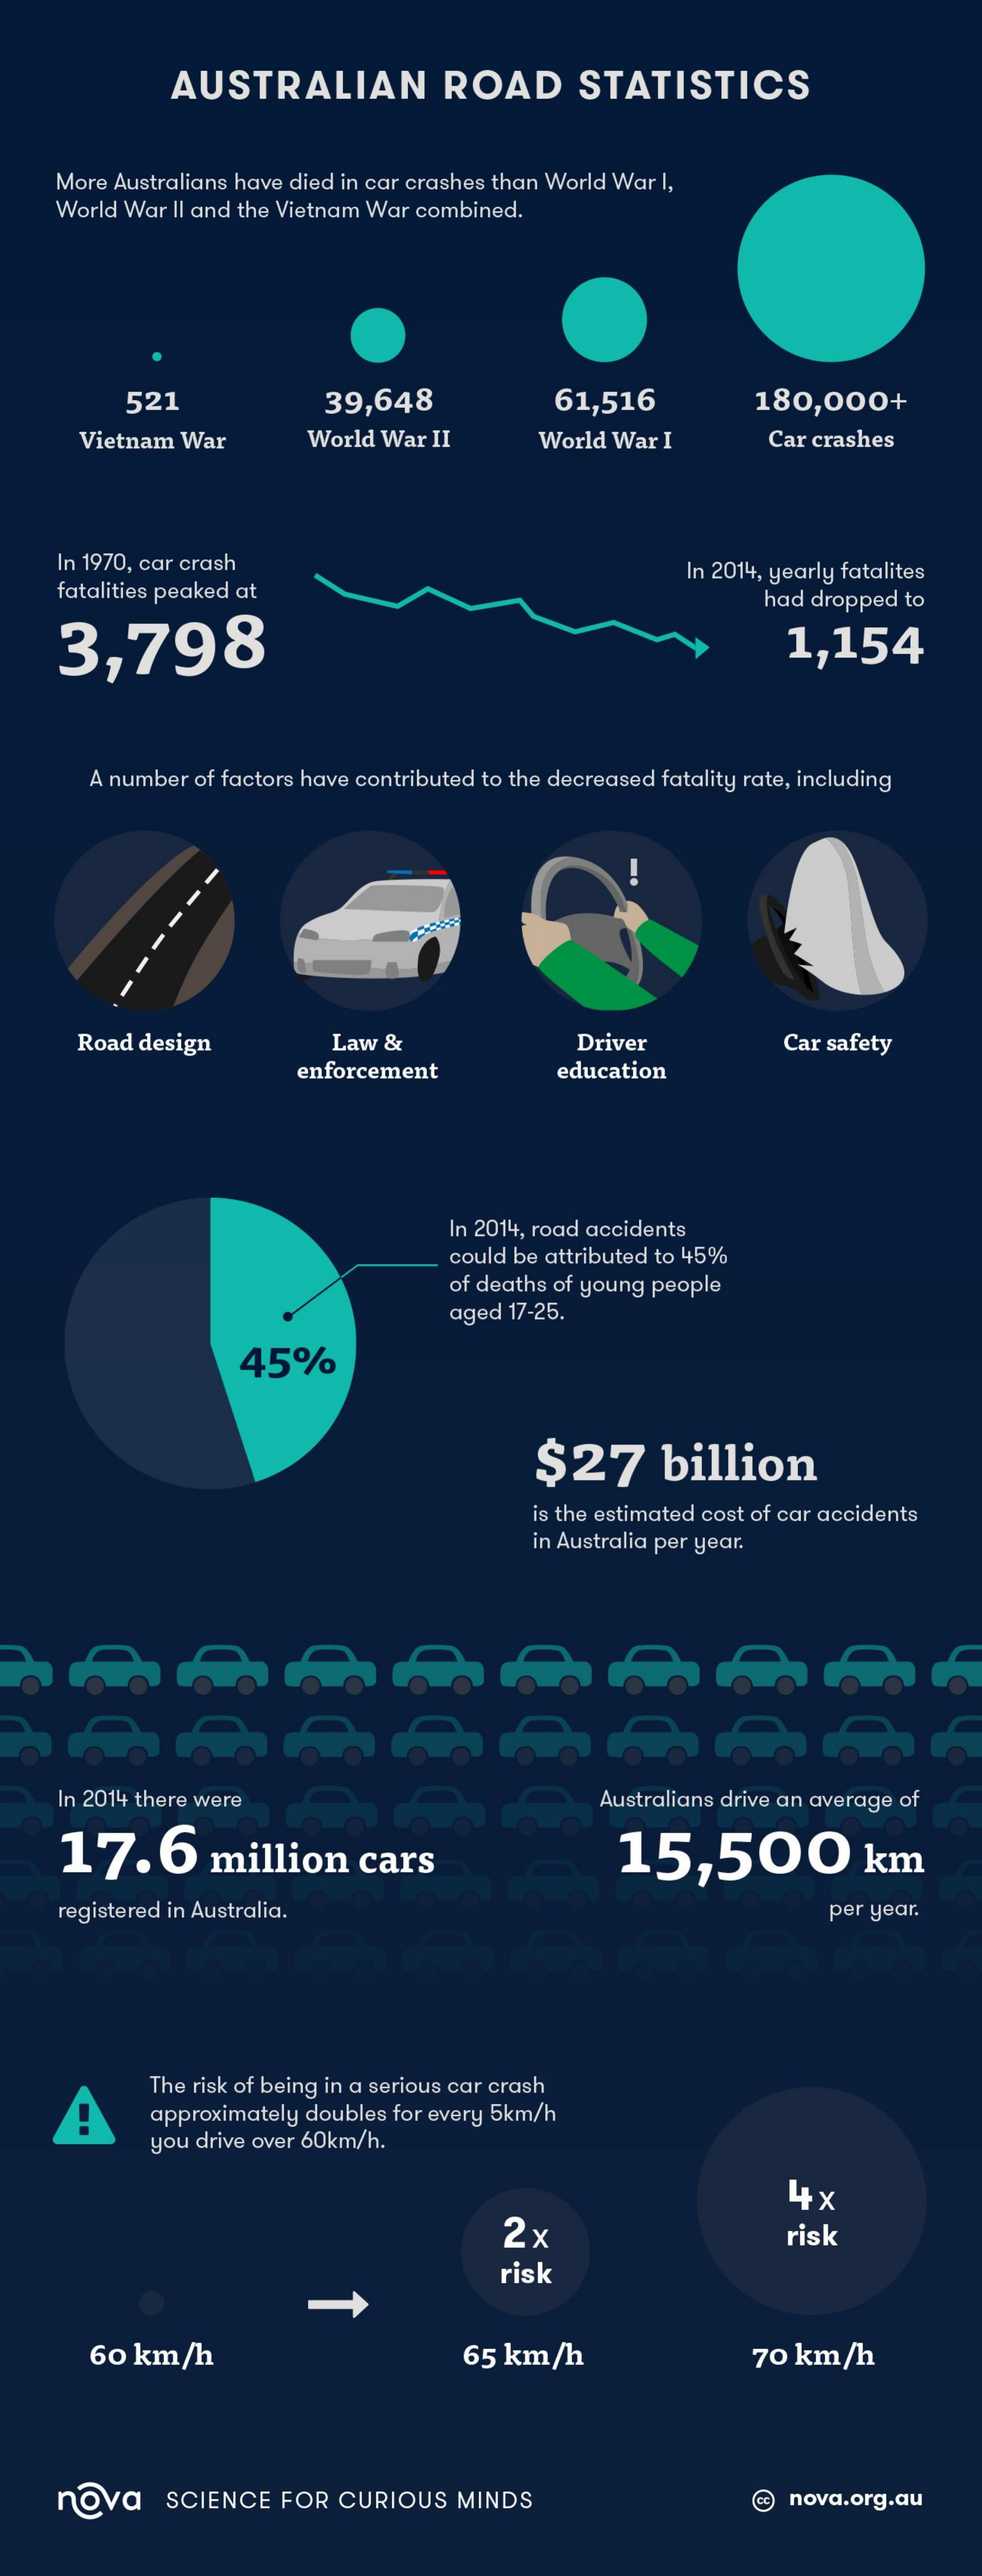
AUSTRALIAN    ROAD    STATISTICS
     More Australians have died in car crashes than World War I,
     World War II and the Vietnam War combined.
     521    39,648    61,516    180,000+
     Vietnam War    World War II    World War I    Car crashes
     In 1970, car crash
     fatalities peaked at
     In 2014, yearly fatalites
     had dropped to
     3,798    1,154
     A number of factors have contributed to the decreased fatality rate, including
     Road design    Law &    Driver    Car safety
     enforcement    education
     In 2014, road accidents
     could be attributed to 45%
     of deaths of young people
     aged 17-25.
     45%
     $27    billion
     is the estimated cost of car accidents
     in Australia per year.
     In 2014 there were    Australians drive an average of
     17.6    million    cars    15,500    km
     registered in Australia.    per year.
     The risk of being in a serious car crash
     approximately doubles for every 5km/h
     you drive over 60km/h.
     4x
     2x    risk
     risk
     60 km/h    65 km/h    70 km/h
     nova    SCIENCE  FOR  CURIOUS   MINDS    nova.org.au